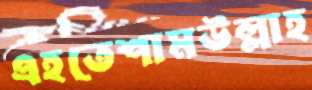
এহতেশামউল্লাহ